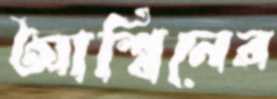
আশ্বিনের